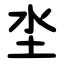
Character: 坔